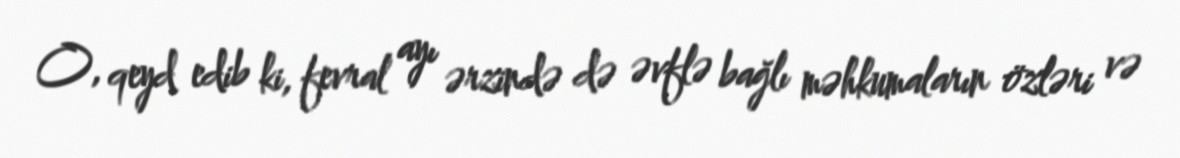
O, qeyd edib ki, fevral ayı ərzində də əvflə bağlı məhkumaların özləri və